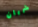
شريان